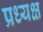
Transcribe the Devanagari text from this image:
प्रध्यक्ष